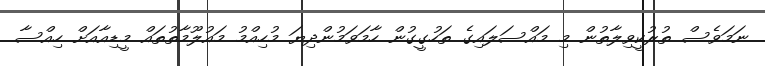
ނަމަވެސް ތުރުކީވިލާތުން މި މައްސަލައިގެ ތަހުގީގުން ހާމަވަމުންދިޔަ މުހިއްމު މައުލޫމާތުތައް މީޑިއާއަށް ހިއްސާ